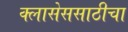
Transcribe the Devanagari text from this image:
क्लासेससाठीचा